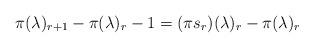
LaTeX: \begin{align*}\pi(\lambda)_{r+1}-\pi(\lambda)_r-1= (\pi s_r)(\lambda)_r-\pi(\lambda)_r\end{align*}